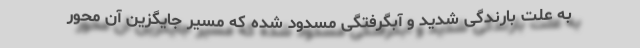
به علت بارندگی شدید و آبگرفتگی مسدود شده که مسیر جایگزین آن محور